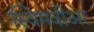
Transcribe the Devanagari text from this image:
स्विमवीअर